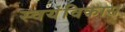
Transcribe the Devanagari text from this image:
स्वयंविकास